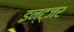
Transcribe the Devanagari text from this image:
इन्ट्जर